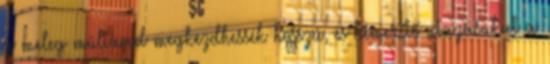
a meleg múltával megkezdhessék hosszú, és kimerítő utazásukat a